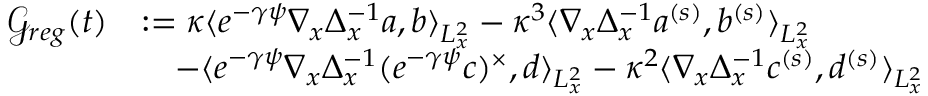
\begin{array} { r l } { \mathscr G _ { r e g } ( t ) } & { : = \kappa \langle e ^ { - \gamma \psi } \nabla _ { x } \Delta _ { x } ^ { - 1 } a , b \rangle _ { L _ { x } ^ { 2 } } - \kappa ^ { 3 } \langle \nabla _ { x } \Delta _ { x } ^ { - 1 } a ^ { ( s ) } , b ^ { ( s ) } \rangle _ { L _ { x } ^ { 2 } } } \\ & { \quad - \langle e ^ { - \gamma \psi } \nabla _ { x } \Delta _ { x } ^ { - 1 } ( e ^ { - \gamma \psi } c ) ^ { \times } , d \rangle _ { L _ { x } ^ { 2 } } - \kappa ^ { 2 } \langle \nabla _ { x } \Delta _ { x } ^ { - 1 } c ^ { ( s ) } , d ^ { ( s ) } \rangle _ { L _ { x } ^ { 2 } } } \end{array}